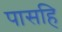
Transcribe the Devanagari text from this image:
पासहि